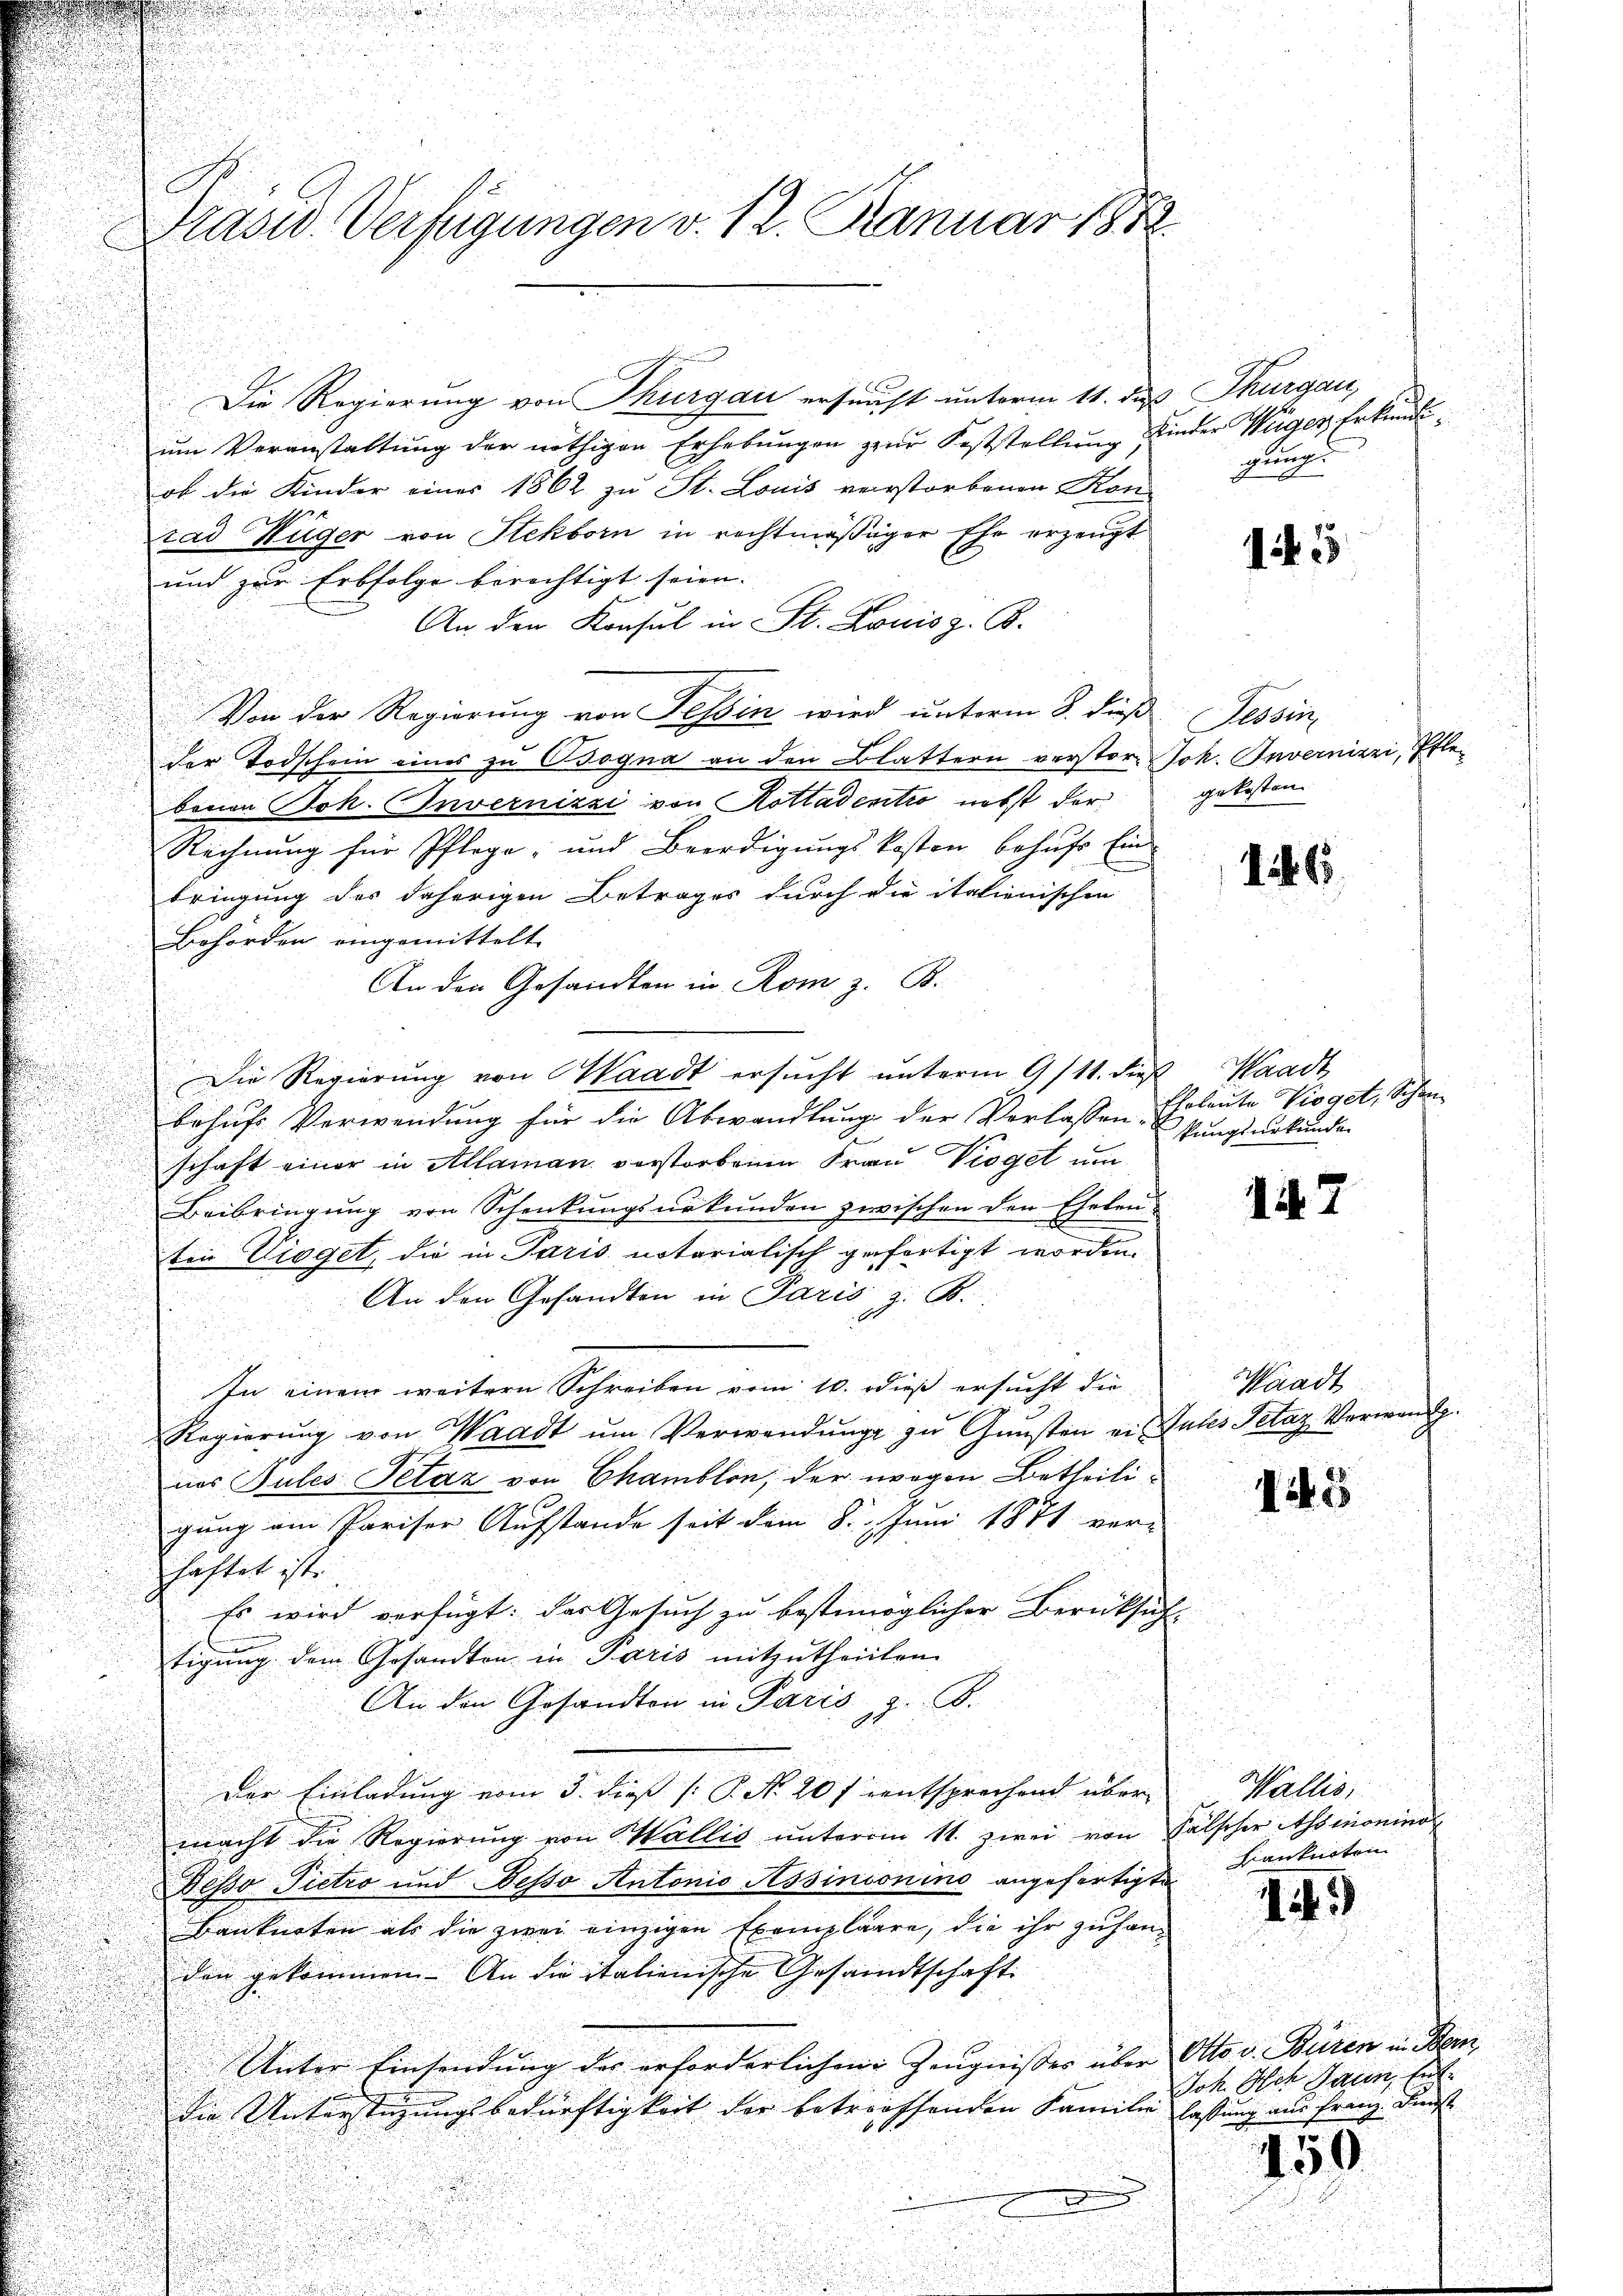
Die Regierung von Thurgau ersucht unterm 11. daß Thurgau,
ŭm Veranstaltung der nöthigen Erhebŭngen zur Feststellŭng finder Wäger Erkundiob die Kinder einer 1862 zu St. Louis verstorbenen Kon
tad Hüger von Stekborn in rechtmäßiger Ehe erzeugt
und zur Erbfolge berichtigt seien. |
An den Konsul in St. Louisz. B.
Von der Regierung von Tessin wird unterm 8. Fuß Tessin,
der Todschein eines zu Bogna an den Blattern verstor Joh. Invernizei, Pflebaron Joh. Invernizzi von Kottadentio nebst der gekosten
Rechnung für Pflege, und Beerdigungskosten behufs Einbringung des daherigen Betrages durch die italienischen
Behörden eingemittelt.
An den Gesandten in Rom z. B.
Die Regierung von Waadt ersucht unterm 9/11. dieß
behufs Verwendung für die Abwandlung der Verlassen Eheleute Vioget, Schen
schaft einer in Allaman vorstorbenen Frau Vogel um
Beibringung von Schenkungsurkunden zwischen den Eheleuten Dioget, die in Paris notarialisch gefertigt worden.
An den Gesandten in Paris z. B.
In einem weitern Schreiben vom 10. dies ersucht die |
Regierŭng von Waadt ŭm Verwendŭng zŭ Gŭnsten ein Gutes Petaz Verwan
nas Tubes Petaz von Chamblin, der wegen Betheiligung am Pariser Aufstande seit dem 8. Juni 1871 ver-
chaftet ist.
Es wird verfügt: das Gesuch zu bestmöglicher Berücksich
tigung dem Gesandten in Paris mitzutheilten.
An den Gesandten in Paris z. B.
Der Einladung vom 5. dieß P. No. 20 f entsprechend übermacht die Regierŭng von Wallis ŭnterm 11. zwei von Fälscher Asseronino¬
Desso Pietro und Desso Antonio Assinionino angefertigte
Banknoten als die zwei einzigen Exemplare, die ihr zu handen gekommen. An die italienische Gesandtschaft. |
Unter Einsendung der erforderlichen Zeugnisses über Otto v. Büren in Ber
die Unterstüzungsbedürftigkeit der betreffenden Familie lassung aus Franz Kunst
e

Präsid. Verfügungen v. 12. Januar 1882

gung.

1455

16

Waadt
kungsurkunde

aadt

125

Wallis,
hianknoten

4

Joh. Ich dann tut.

g

150.